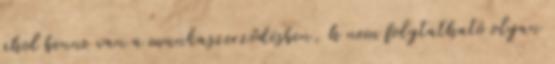
ahol benne van a munkaszerződésben, h nem folytatható olyan